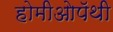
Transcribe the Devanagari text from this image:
होमीओपॅथी